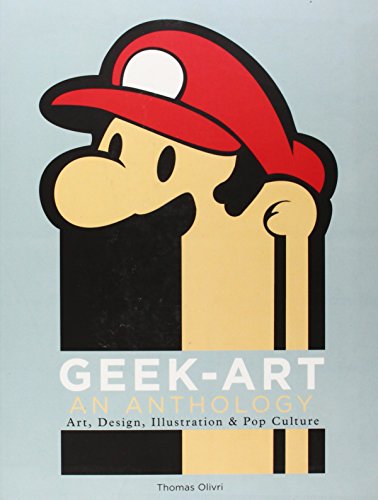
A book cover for Geek-Art: An Anthology: Art, Design, Illustration & Pop Culture; Thomas Olivri; Arts & Photography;